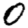
Digit: 0